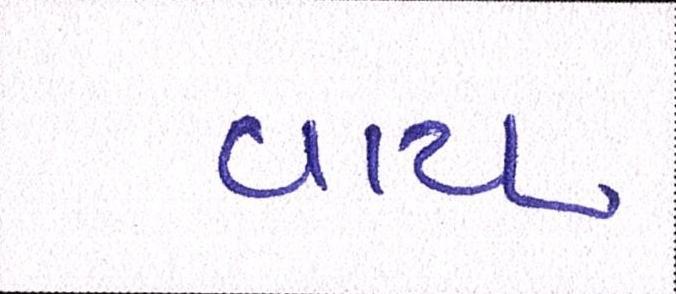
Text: વાય